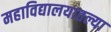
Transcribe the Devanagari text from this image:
महाविद्यालयातल्या